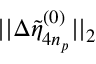
| | \Delta \tilde { \eta } _ { 4 n _ { p } } ^ { ( 0 ) } | | _ { 2 }